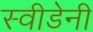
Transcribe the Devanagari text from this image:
स्वीडेनी